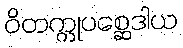
ဝိတက္ကုပစ္ဆေဒါယ